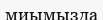
миымызда